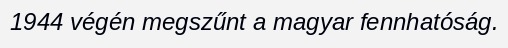
1944 végén megszűnt a magyar fennhatóság.